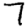
Digit: 7